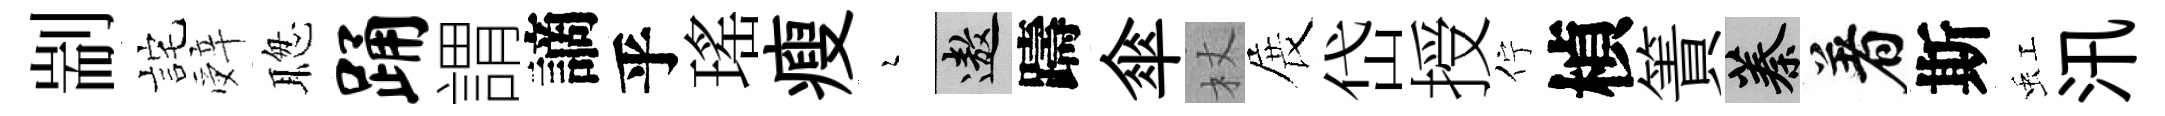
剬詫辤聦踊謂謫乎瑤瘦瑟遨躊傘杖展岱授佇楨簀蓁着斯虹汛